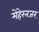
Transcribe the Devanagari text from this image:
मेहेरनजर